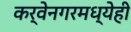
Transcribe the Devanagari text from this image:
कर्वेनगरमध्येही